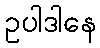
ဥပါဒါနေ